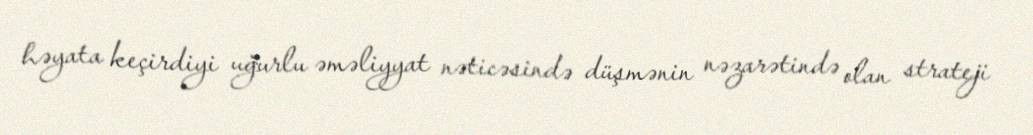
həyata keçirdiyi uğurlu əməliyyat nəticəsində düşmənin nəzarətində olan strateji